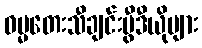
ဓမ္မတေးသီချင်းဗွီဒီယိုများ